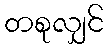
တစုလျှင်